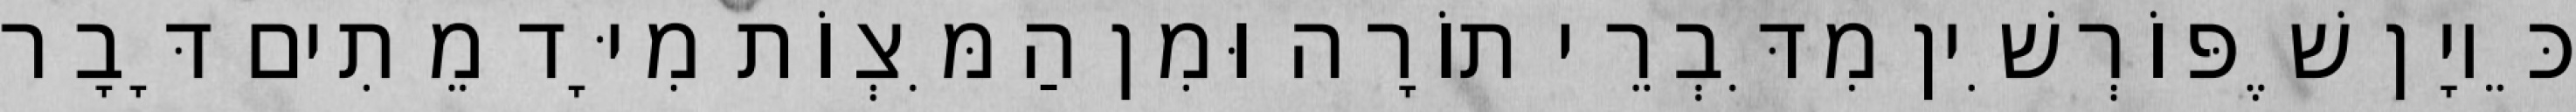
כֵּיוָן שֶׁפּוֹרְשִׁין מִדִּבְרֵי תוֹרָה וּמִן הַמִּצְוֹת מִיָּד מֵתִים דָּבָר